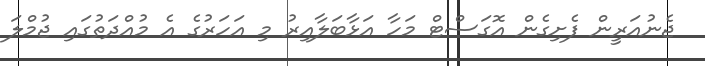
ޖެނުއަރީން ފެށިގެން އޮގަސްޓް މަހާ އަޅާބަލާއިރު މި އަހަރުގެ އެ މުއްދަތުގައި ޖުމްލަ